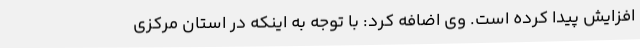
افزایش پیدا کرده است. وی اضافه کرد: با توجه به اینکه در استان مرکزی